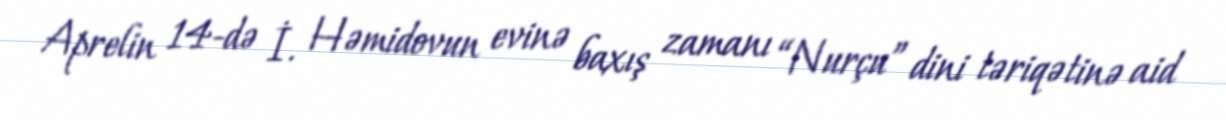
Aprelin 14-də İ. Həmidovun evinə baxış zamanı “Nurçu” dini təriqətinə aid